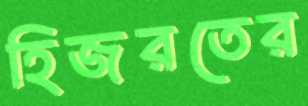
হিজরতের